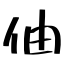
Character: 伷